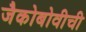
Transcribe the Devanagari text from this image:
जैकोबोवीची